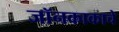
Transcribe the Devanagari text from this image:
जॉनकाकाचे